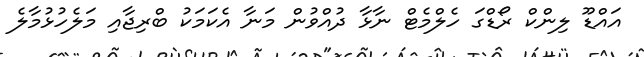
އައްޑޫ ލިންކް ރޯޑްގަ ހެލްމެޓް ނާޅާ ދުއްވުން މަނާ އެކަމަކު ބްރިޖާއި މަލެހުޅުމާލެ